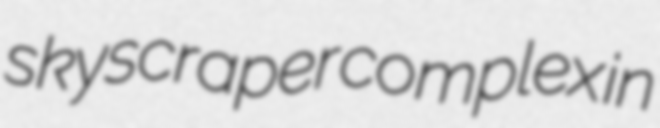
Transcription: skyscraper complex in